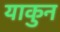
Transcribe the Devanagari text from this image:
याकुन